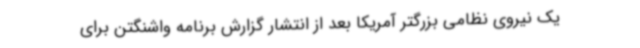
یک نیروی نظامی بزرگتر آمریکا بعد از انتشار گزارش برنامه واشنگتن برای